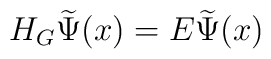
H_{G}\widetilde{\Psi }(x)=E\widetilde{\Psi }(x)